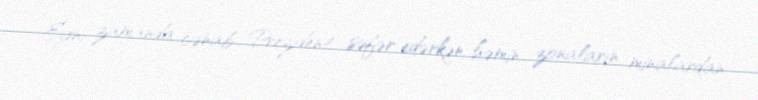
Eyni zamanda cənab Prezident səfər edərkən həmin zonaların minalardan